Report on inoculation in the plague infected areas of the Punjab and its dependencies from October 1900 to September 1901
Year: 1900
Disease focus: Plague
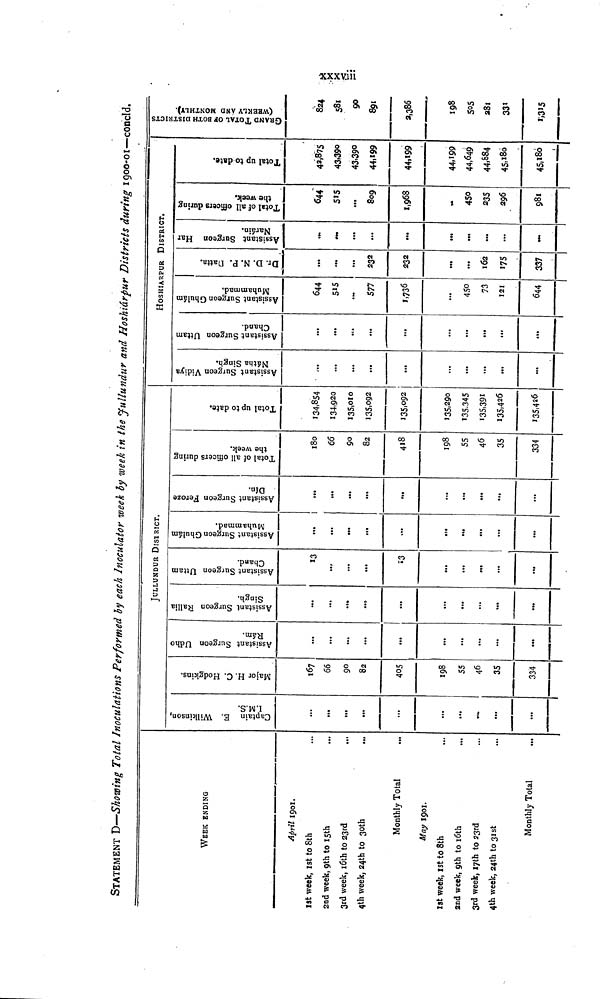
xxxvii
STATEMENT D—Showing Total Inoculations Performed by each Inoculator week by week in the Jullundur and Hoshiárpur Districts during 1900-01—concld.
WEEK ENDING
April 1901.
1st week, 1st to 8th
2nd week, 9th to 15th
3rd week, 16th to 23rd
..,
4th week, 24th to 30th
Monthly Total
May 1901.
1st week, 1st to 8th
and week, 9th to 16th
3rd week, 17th to 23rd
4th week, 24th to 31st
Monthly Total
Captain E. Wilkinson,
I.M.S.
...
...
...
•••
...
...
...
...
...
Major H. C. Hodgkins.
167
66
90
82
405
198
55
46
35
334
Assistant Surgeon Udho
Rám.
...
...
...
...
...
...
...
...
...
...
JULLUNDUR DISTRICT.
Assistant Surgeon Rallia
Singh.
...
...
...
...
...
...
...
...
...
Assistant Surgeon Uttam
Chand.
13
..,
...
...
13
...
...
...
...
...
Assistant Surgeon Ghulám
Muhammad.
...
...
...
...
...
...
...
...
Assistant Surgeon Feroze
Dín.
...
...
...
...
...
...
...
...
...
Total of all officers during
the week.
180
66
90
82
418
198
55
46
35
334
Total up to date.
134,854
134,920
135,010
135,092
135,092
135,290
135,345
135,391
135,426
135,426
HOSHIÁRPUR
DISTRICT.
Assistant Surgeon Vidiya
Nátha Singh.
...
...
...
...
...
...
...
...
...
...
Assistant Surgeon Uttam
Chand
...
...
...
...
...
...
...
...
...
...
Assistant Surgeon Ghulám
Muhammad.
644
515
...
577
1,736
...
450
73
121
644
Dr. D. N. P. Datta.
...
...
...
232
232
...
...
162
175
337
Assistant Surgeon Har
Naráin.
...
...
...
...
...
...
...
Total of all officers during
the week.
644
515
...
809
1,968
450
235
296
981
Total up to date.
43,875
43,390
43,390
44,199
44,199
44,199
44,649
44,884
45,180
45,180
GRAND TOTAL OF BOTH DISTRICTS
(WEEKLY AND MONTHLY).
824
581
90
891
2,386
198
505
281
331
1,315